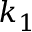
k _ { 1 }